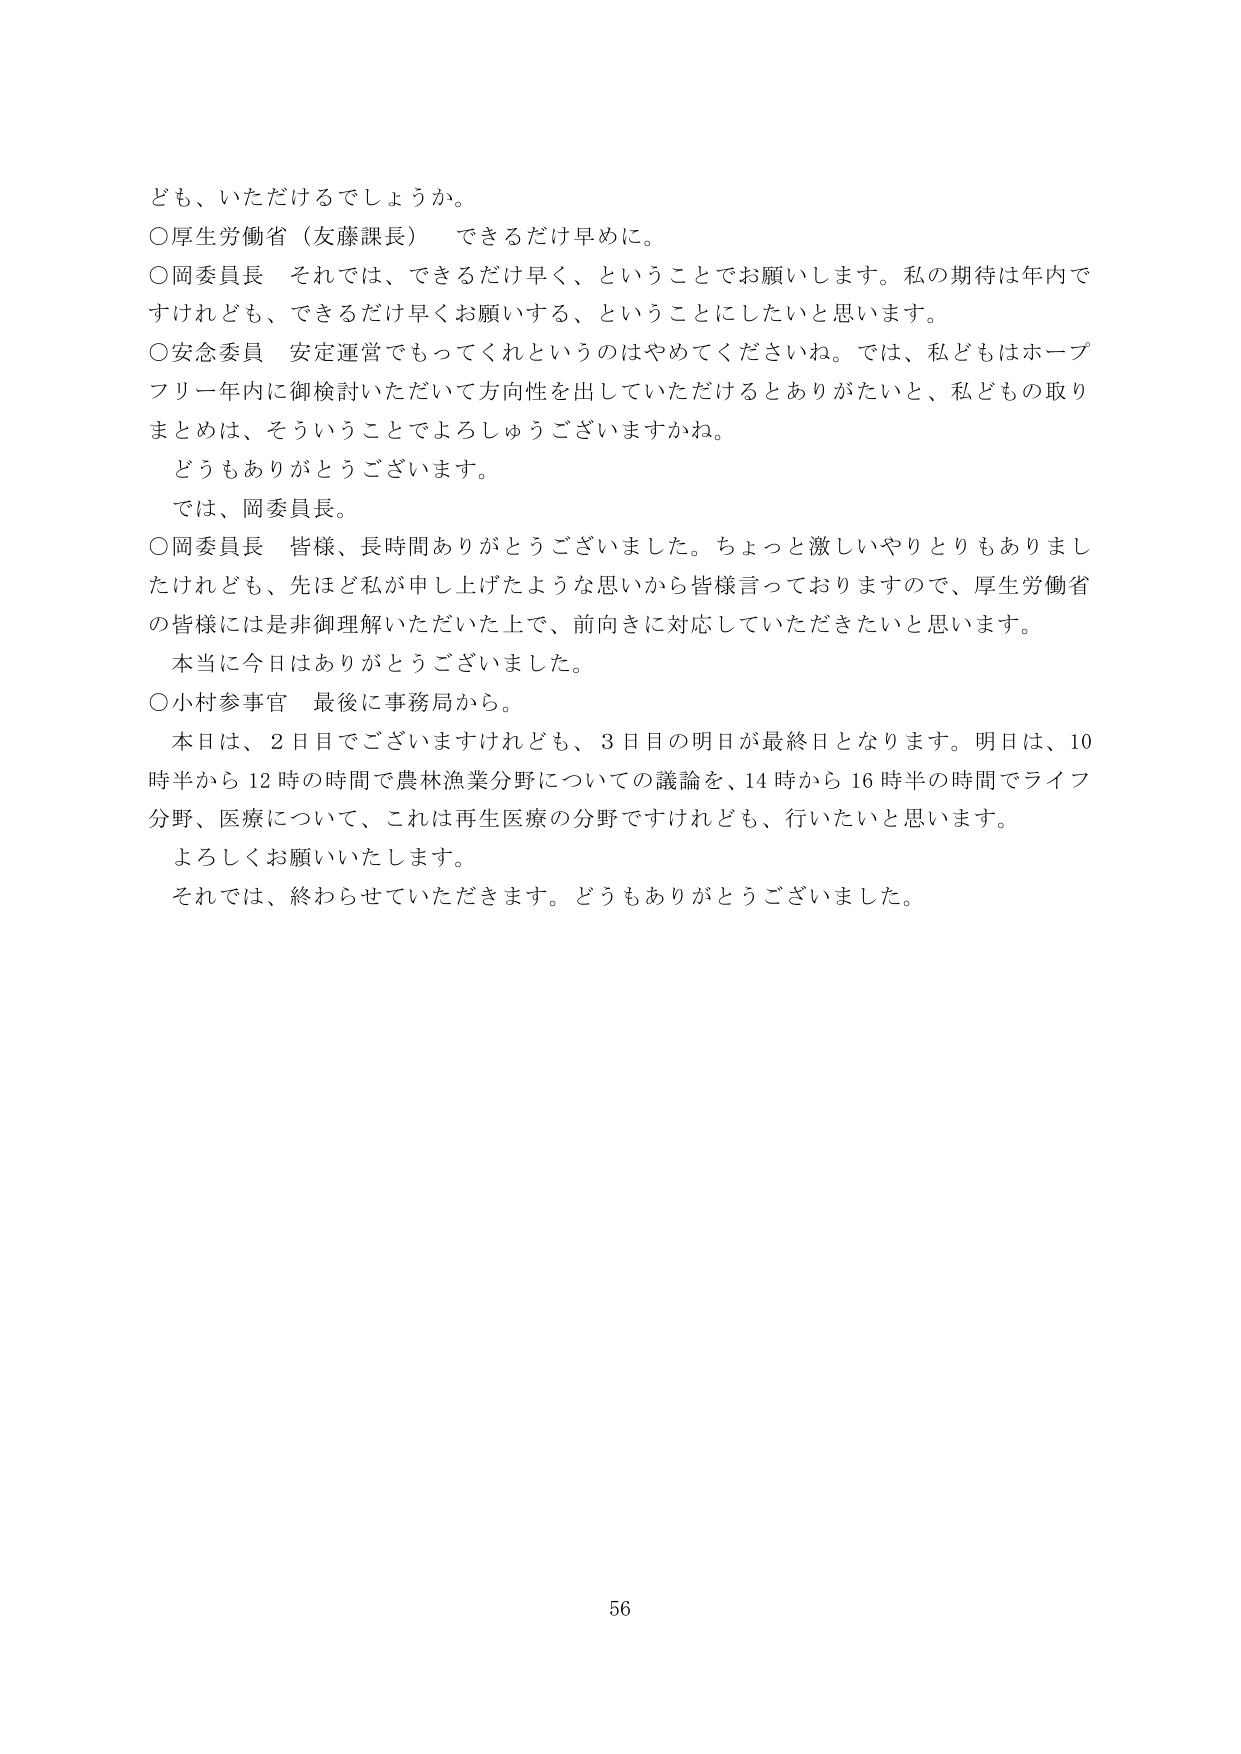
ども、いただけるでしょうか。

○厚生労働省（友藤課長）　できるだけ早めに。

○岡委員長　それでは、できるだけ早く、ということでお願いします。私の期待は年内ですけれども、できるだけ早くお願いする、ということにしたいと思います。

○安念委員　安定運営でもってくれというのはやめてくださいね。では、私どもはホープフリ一年内に御検討いただいて方向性を出していただけるとありがたいと、私どもの取りまとめは、そういうことでよろしゅうございますかね。

どうもありがとうございます。

では、岡委員長。

○岡委員長　皆様、長時間ありがとうございました。ちょっと激しいやりとりもありましたけれども、先ほど私が申し上げたような思いから皆様言っておりますので、厚生労働省の皆様には是非御理解いただいた上で、前向きに対応していただきたいと思います。

本当に今日はありがとうございました。

○小村参事官　最後に事務局から。

本日は、2日目でございますけれども、3日目の明日が最終日となります。明日は、10時半から12時の時間で農林漁業分野についての議論を、14時から16時半の時間でライフ分野、医療について、これは再生医療の分野ですけれども、行いたいと思います。

よろしくお願いいたします。

それでは、終わらせていただきます。どうもありがとうございました。

56